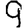
Digit: 9